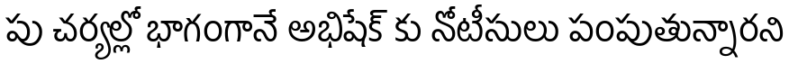
పు చర్యల్లో భాగంగానే అభిషేక్ కు నోటీసులు పంపుతున్నారని